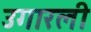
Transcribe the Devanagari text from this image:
उगारली